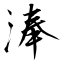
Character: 淎